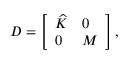
\boldsymbol { D } = \left[ \begin{array} { l l } { \boldsymbol { \widehat { K } } } & { \boldsymbol { 0 } } \\ { \boldsymbol { 0 } } & { \boldsymbol { M } } \end{array} \right] ,